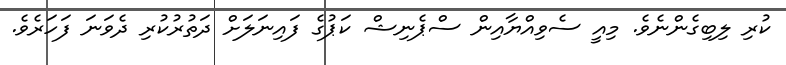
ކުރި ލިބިގެންނެވެ. މިއީ ސެވިއްޔާއިން ސްޕެނިޝް ކަޕުގެ ފައިނަލަށް ދަތުރުކުރި ދެވަނަ ފަހަރެވެ.